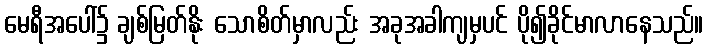
မေရီအပေါ်၌ ချစ်မြတ်နိုး သောစိတ်မှာလည်း အခုအခါကျမှပင် ပို၍ခိုင်မာလာနေသည်။